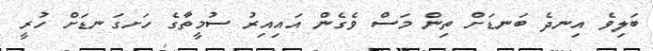
ބަލިވެ އިނދެ ބަނޑަށް ތިން މަސް ވެގެން އައިއިރު ސުމީތާގެ ހަށގަނޑަށް ހުރީ